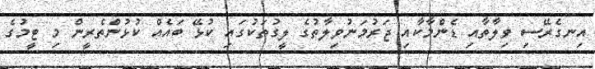
އިނގެރޭސި ވިލާތާއި ޑެންމާކާއި ޖަރުމަނުވިލާތުގެ ލީގުތަކުގައި ކުޅޭ ބައެއް ކުޅުންތެރީން މި ޓީމުގެ